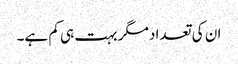
ان کی تعداد مگر بہت ہی کم ہے۔